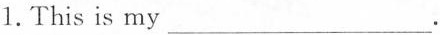
1. This is my___.